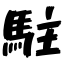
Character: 駐